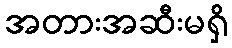
အတားအဆီးမရှိ